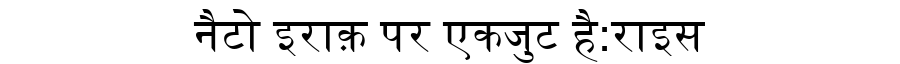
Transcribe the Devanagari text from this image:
नैटो इराक़ पर एकजुट है:राइस